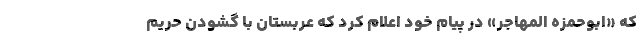
که «ابوحمزه المهاجر» در پیام خود اعلام کرد که عربستان با گشودن حریم